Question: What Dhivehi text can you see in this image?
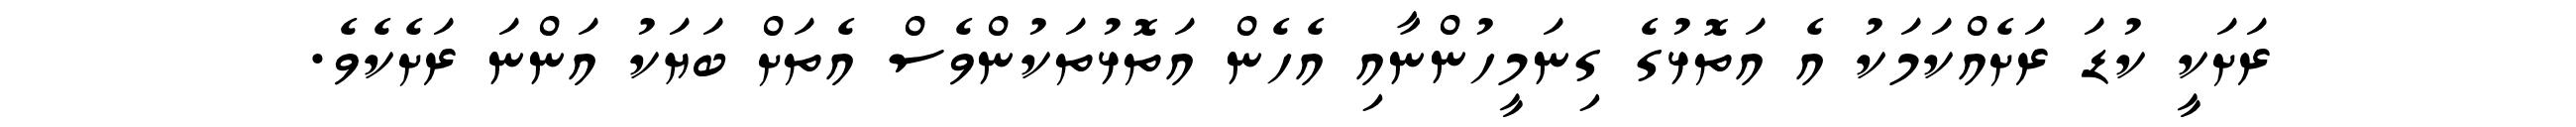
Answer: ރަށަކީ ކުޑަ ރަށެއްކަމަކު އެ އަތޮޅުގެ ގިނަމީހުންނާއި އެހެން އަތޮޅުތަކުންވެސް އެތަށް ބަޔަކު އަންނަ ރަށެކެވެ.